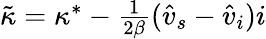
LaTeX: \begin{array}{r}{\tilde{\kappa}=\kappa^{*}-\frac{1}{2\beta}(\hat{v}_{s}-\hat{v}_{i})i}\end{array}